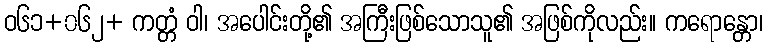
ဝ၆၁+၀၆၂+ ကတ္တံ ဝါ၊ အပေါင်းတို့၏ အကြီးဖြစ်သောသူ၏ အဖြစ်ကိုလည်း။ ကရောန္တော၊